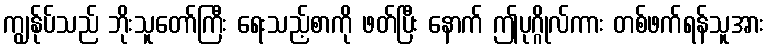
ကျွန်ုပ်သည် ဘိုးသူတော်ကြီး ရေးသည့်စာကို ဖတ်ပြီး နောက် ဤပုဂ္ဂိုလ်ကား တစ်ဖက်ရန်သူအား